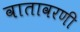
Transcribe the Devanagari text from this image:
वातावरणी